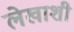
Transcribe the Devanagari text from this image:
लेखाशी